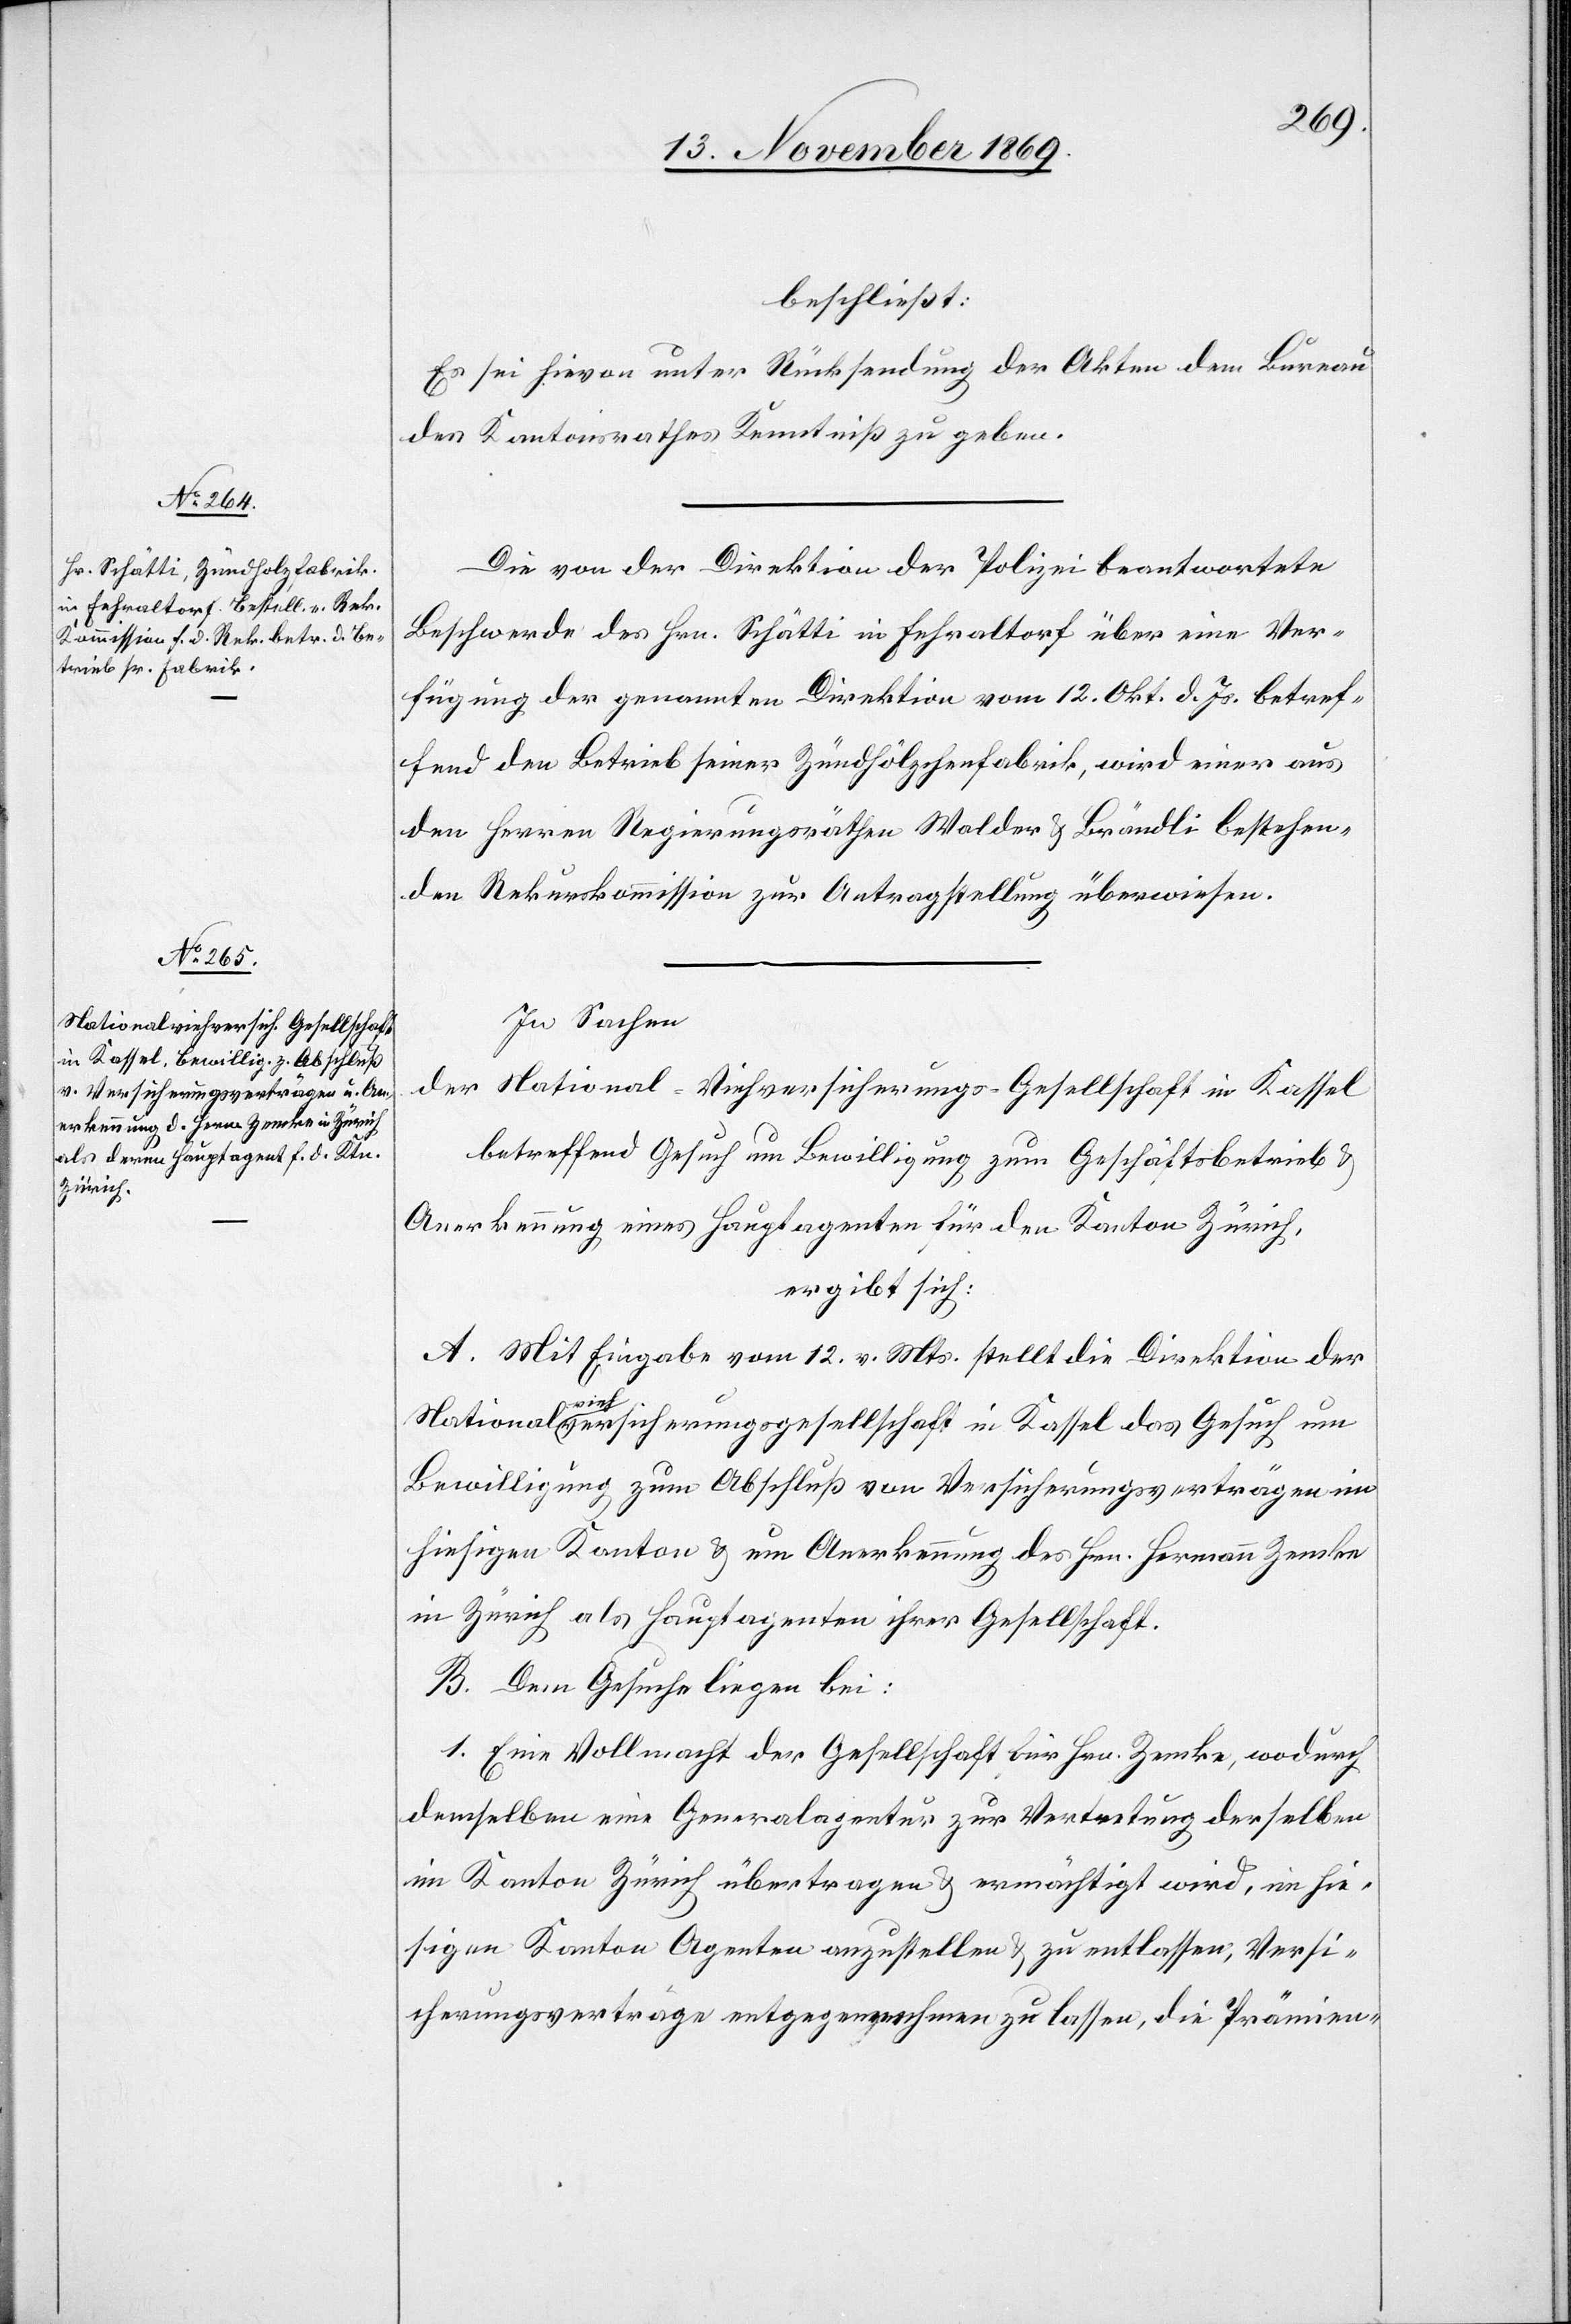
beschließt:
Es sei hievon unter Rücksendung der Akten dem Bureau
des Kantonsrathes Kenntniß zu geben.
Die von der Direktion der Polizei beantwortete
Beschwerde des Hrn. Schätti in Fehraltorf über eine Ver¬
fügung der genannten Direktion vom 12. Okt. d. Js. betref¬
fend den Betrieb seiner Zündhölzchenfabrik, wird einer aus
den Herren Regierungsräthen Walder & Brändli bestehen¬
den Rekurskommission zur Antragstellung überwiesen.
In Sachen
der National-Viehversicherungs-Gesellschaft in Kassel
betreffend Gesuch um Bewilligung zum Geschäftsbetrieb &
Anerkennung eines Hauptagenten für den Kanton Zürich,
ergibt sich:
A. Mit Eingabe vom 12. v. Mts. stellt die Direktion der
Nationalviehversicherungsgesellschaft in Kassel das Gesuch um
Bewilligung zum Abschluß von Versicherungsverträgen im
hiesigen Kanton & um Anerkennung des Hrn. Hermann Zemke
in Zürich als Hauptagenten ihrer Gesellschaft.
B. Dem Gesuche liegen bei:
1. Eine Vollmacht der Gesellschaft für Hrn. Zemke, wodurch
demselben eine Generalagentur zur Vertretung derselben
im Kanton Zürich übertragen & ermächtigt wird, im hie¬
sigen Kanton Agenten anzustellen & zu entlassen, Versi¬
cherungsverträge entgegennehmen zu lassen, die Prämien-